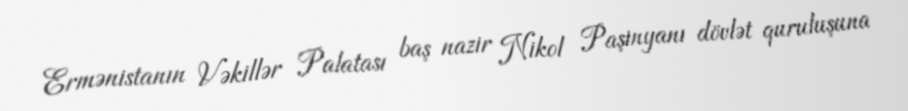
Ermənistanın Vəkillər Palatası baş nazir Nikol Paşinyanı dövlət quruluşuna